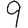
Digit: 9